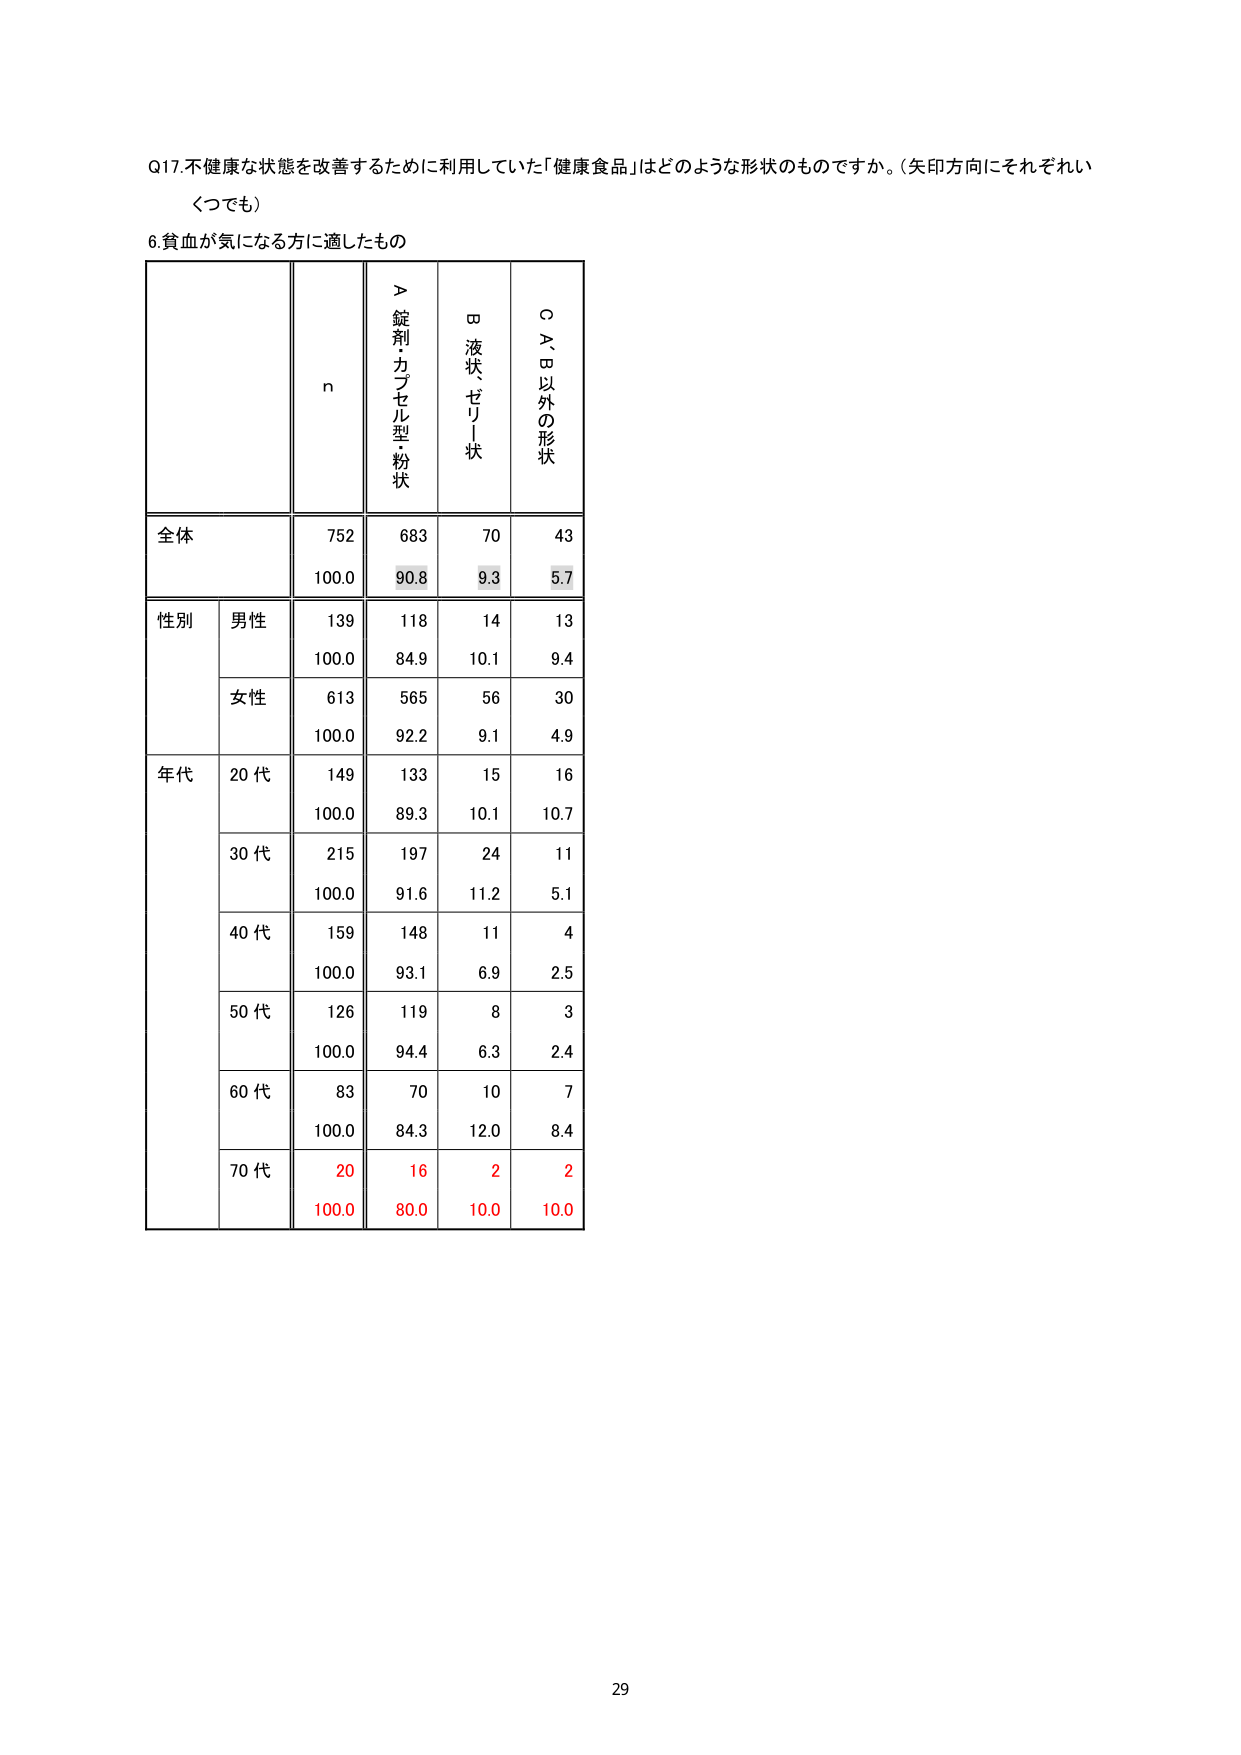
Q17.不健康な状態を改善するために利用していた「健康食品」はどのような形状のものですか。（矢印方向にそれぞれいくつでも）

6.貧血が気になる方に適したもの

n
＞錠剤・カプセル型・粉状
ロ液状・ゼリー状
○Ａ、Ｂ以外の形状

全体
752
683
70
43
100.0
90.8
9.3
5.7

性別
男性
139
118
14
13
100.0
84.9
10.1
9.4
女性
613
565
56
30
100.0
92.2
9.1
4.9

年代
20代
149
133
15
16
100.0
89.3
10.1
10.7
30代
215
197
24
11
100.0
91.6
11.2
5.1
40代
159
148
11
4
100.0
93.1
6.9
2.5
50代
126
119
8
3
100.0
94.4
6.3
2.4
60代
83
70
10
7
100.0
84.3
12.0
8.4
70代
20
16
2
2
100.0
80.0
10.0
10.0

29